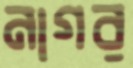
নাগর